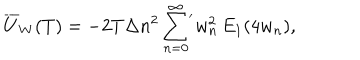
LaTeX: \overline { { { U } } } _ { W } ( T ) = - 2 T \Delta n ^ { 2 } \sum _ { n = 0 } ^ { \infty } \! { } ^ { ' } w _ { n } ^ { 2 } \, E _ { 1 } ( 4 w _ { n } ) { , }